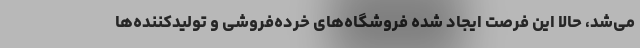
می‌شد، حالا این فرصت ایجاد شده فروشگاه‌های خُرده‌فروشی و تولیدکننده‌ها